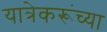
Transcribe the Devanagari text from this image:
यात्रेकरूंच्या